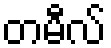
တမီလ်